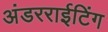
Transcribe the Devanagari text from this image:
अंडरराईटिंग